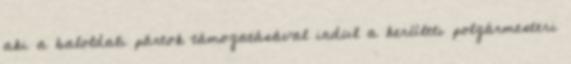
aki a baloldali pártok támogatásával indul a kerületi polgármesteri